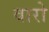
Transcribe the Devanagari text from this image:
वारो